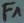
Text: F1